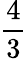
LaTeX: \frac 43